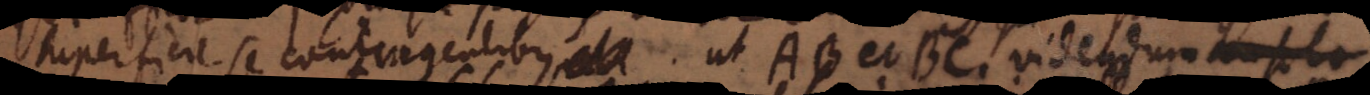
superficie se contingentibus, ut AB et BC. Videndum